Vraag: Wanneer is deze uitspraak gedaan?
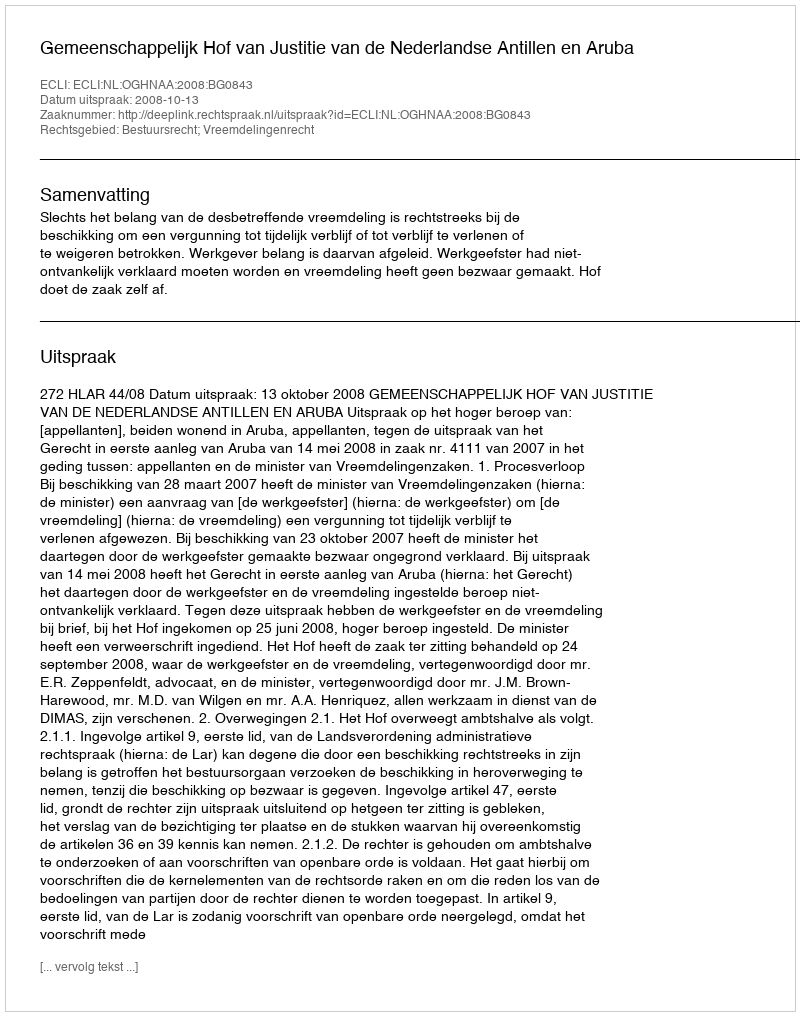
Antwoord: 2008-10-13